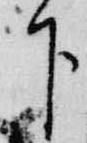
下